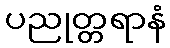
ပညုတ္တရာနံ